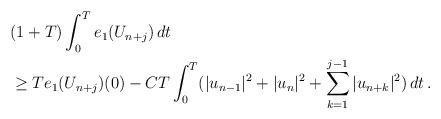
LaTeX: \begin{align*}& (1+T)\int_0^Te_1(U_{n+j})\,dt \\ & \ge Te_1(U_{n+j})(0) - \displaystyle{CT\int_0^T(|u_{n-1}|^2 +|u_n|^2+\sum_{k=1}^{j-1} |u_{n+k}|^2)\,dt\,.}\end{align*}